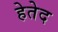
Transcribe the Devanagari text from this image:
हेतेद